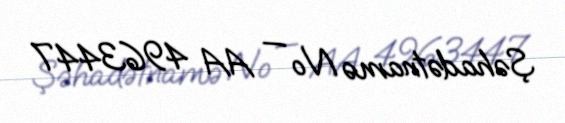
Şəhadətnamə № — AA 4963447